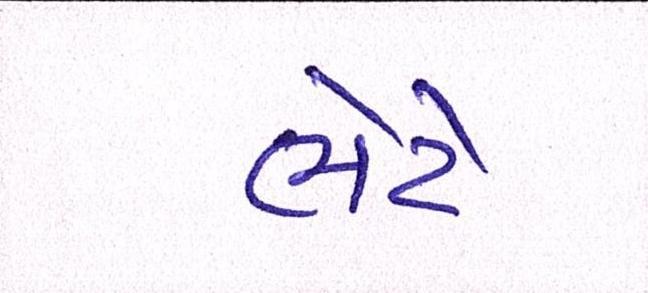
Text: ભેટે